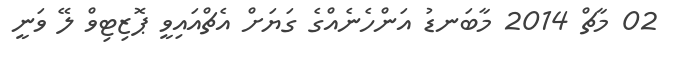
02 މާޗް 2014 މާބަނޑު އަންހެނެއްގެ ގަޔަށް އެޗްއައިވީ ޕޮޒިޓިވް ލޭ ވަނީ